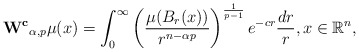
\begin{align*}\mathbf{W^c}_{\alpha, p}\mu(x)=\int_0^{\infty} \left(\frac{\mu(B_r(x))}{r^{n-\alpha p}}\right)^{\frac{1}{p-1}} e^{-cr}\frac{dr}{r}, x \in \mathbb{R}^n, \end{align*}